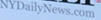
NYDailynews.com